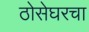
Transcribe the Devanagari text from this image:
ठोसेघरचा